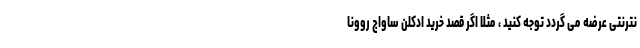
نترنتی عرضه می گردد توجه کنید ، مثلا اگر قصد خرید ادکلن ساواج روونا